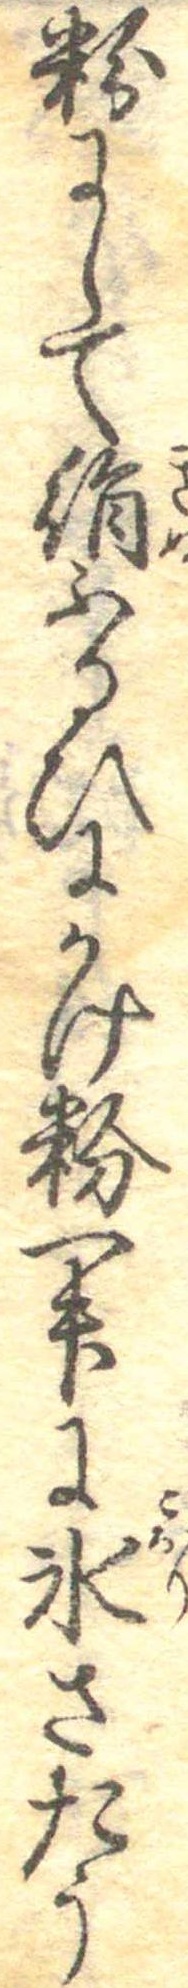
粉にして絹ふるひにかけ粉一升に氷さたう